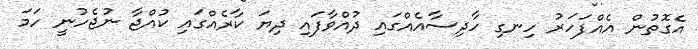
އެގޮތުން އެއްފަހަރު ހިނގި ހާދިސާއެއްގައި ދުއްވާފައި ދިޔަ ކާރެއްގައި ކުއްޖާ ނުޖެހުނީ ހަމަ